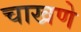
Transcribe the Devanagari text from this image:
चाखणे